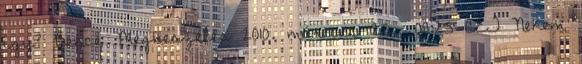
így? Bence Megbeszélés 2010. március 25., 08:25 CET Nekem